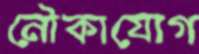
নৌকাযোগ